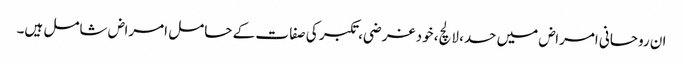
ان روحانی امراض میں حسد، لالچ، خود غرضی، تکبر کی صفا ت کے حامل امراض شامل ہیں۔